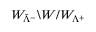
W _ { { \bar { \Lambda } } ^ { - } } \backslash W / W _ { \Lambda ^ { + } }